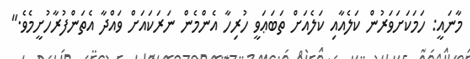
މާނައީ: ހަމަކަށަވަރުން ކަލެއާއި ކަލެއަށް ތަބަޢަވީ ހުރިހާ އެންމެން ނަރަކައަށް ވައްދާ އެތަންފުރާހުށީމެވެ."